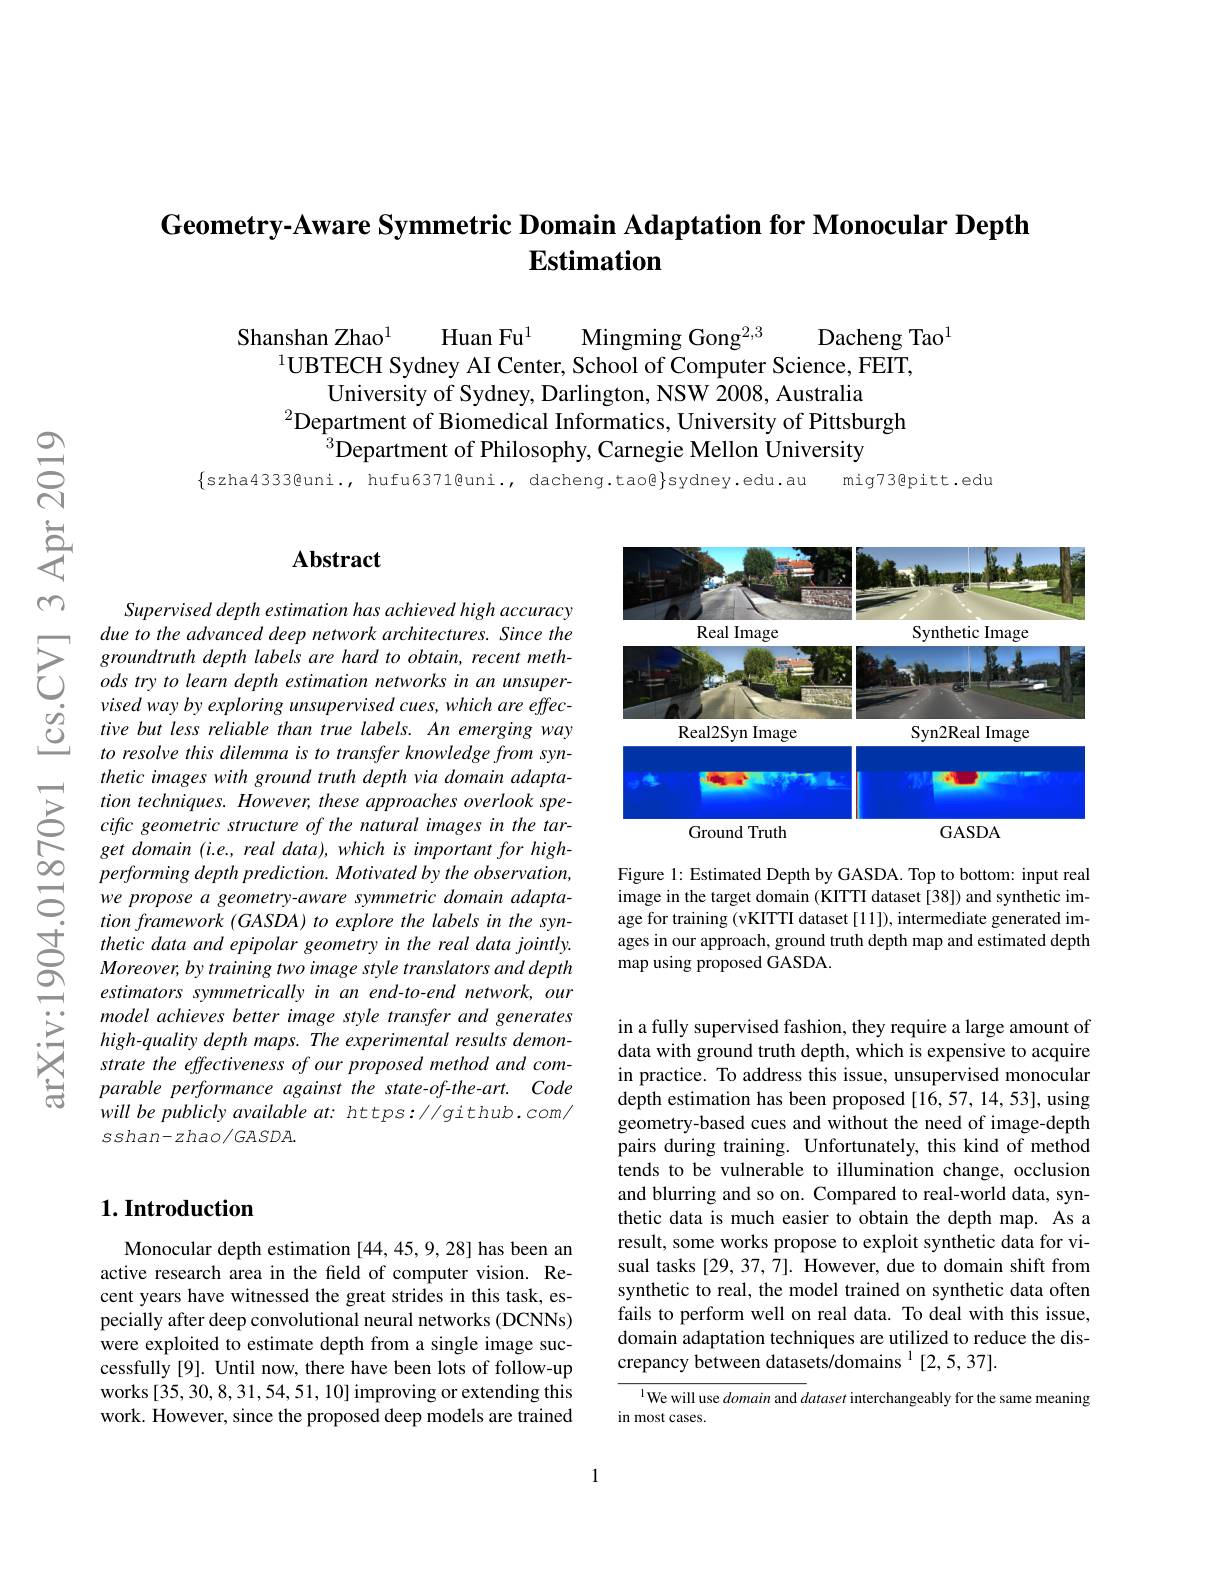
# Geometry-Aware Symmetric Domain Adaptation for Monocular Depth Estimation

Shanshan Zhao$^{1}$
Huan Fu$^{1}$
Dacheng Tao$^1$
Mingming Gong$^{2,3}$
$^{1}$UBTECH Sydney AI Center, School of Computer Science, FEIT,

University of Sydney, Darlington, NSW 2008, Australia
$^{2}$Department of Biomedical Informatics, University of Pittsburgh
$^{3}$Department of Philosophy, Carnegie Mellon Úniversity
$\{$szha4333@uni., hufu6371@uni., dacheng.tao@}sydney.edu.au mig73@pitt.edu

## $\mathbf{Abstract}$

Supervised depth estimation has achieved high accuracy due to the advanced deep network architectures. Since the
$\sum_{\begin{array}{ccc}\text{due to the advanced deep network architectures. Since the}\\\text{Sroundtruth depth labels are hard to obtain, recent meth-}\\\text{Sods try to learn depth estimation networks in an unsuper-}\\\text{Sised was busune whina wannenvised cues which are effec-}\end{array}}$ $\begin{array}{lll}{&visedwayby\:exploring\:unsupervised\:cues,\:which\:are\:effec-}\\{\textcircled{0}}&{tive\:but\:less\:reliable\:than\:true\:labels.\:An\:emerging\:way}\\{\textcircled{0}}&{to\:resolve\:this\:dilemma\:is\:to\:tran~fer\:knovledae\:from\:svn}\end{array}$
to resolve this dilemma is to transfer knowledge from synthetic images with ground truth depth via domain adaptation techniques. However, these approaches overlook specific geometric structure of the natural images in the target domain (i.e., real data), which is important for highperforming depth prediction. Motivated by the observation, we propose a geometry-aware symmetric domain adaptation framework (GASDA) to explore the labels in the synthetic data and epipolar geometry in the real data jointly. Moreover, by training two image style translators and depth estimators symmetrically in an end-to-end network, our model achieves better image style transfer and generates high-quality depth maps. The experimental results demonstrate the effectiveness of our proposed method and comparable performance against the state-of-the-art. Code will be publicly available at: https://github.com/ $sshan-zhao/GASDA.$

### $1. \textbf{Introduction}$

Monocular depth estimation [44,45,9,28] has been an active research area in the field of computer vision. Recent years have witnessed the great strides in this task, especially after deep convolutional neural networks (DCNNs) were exploited to estimate depth from a single image successfully[9]. Until now, there have been lots of follow-up works [35,30,8,31,54,51,10] improving or extending this work. However, since the proposed deep models are trained

<FigureHere>

Figure 1: Estimated Depth by GASDA. Top to bottom: input real image in the target domain (KITTI dataset[38]) and synthetic image for training (vKITTI dataset [11]), intermediate generated images in our approach, ground truth depth map and estimated depth map using proposed GASDA

in a fully supervised fashion, they require a large amount of data with ground truth depth, which is expensive to acquire in practice. To address this issue, unsupervised monocular depth estimation has been proposed [16,57,14,53], using geometry-based cues and without the need of image-depth pairs during training. Unfortunately, this kind of method tends to be vulnerable to illumination change, occlusion and blurring and so on. Compared to real-world data, synthetic data is much easier to obtain the depth map. As a result, some works propose to exploit synthetic data for visual tasks [29, 37, 7]. However, due to domain shift from synthetic to real, the model trained on synthetic data often fails to perform well on real data. To deal with this issue, domain adaptation techniques are utilized to reduce the dis- $\hat{\text{crepancy between datasets/domains}}^{1}[2,5,37].$

$^{1}$We will use domain and dataset interchangeably for the same meaning
in most cases.

1